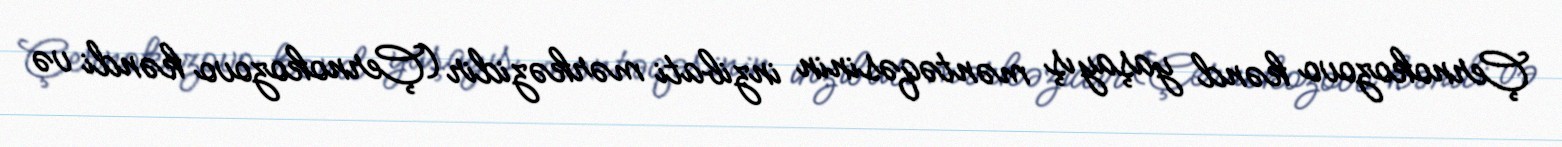
Çernokozovo kənd yaşayış məntəqəsinin inzibati mərkəzidir (Çernokozovo kəndi və